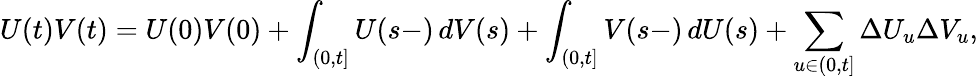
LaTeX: U(t)V(t)=U(0)V(0)+\int_{(0,t]}U(s-)\, dV(s)+\int_{(0,t]}V(s-)\, dU(s)+\sum_{u\in(0,t]}\Delta U_{u}\Delta V_{u},